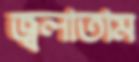
জ্বলাতাম